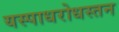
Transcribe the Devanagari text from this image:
यस्पाधरोधस्तन